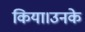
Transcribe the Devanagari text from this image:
किया।उनके